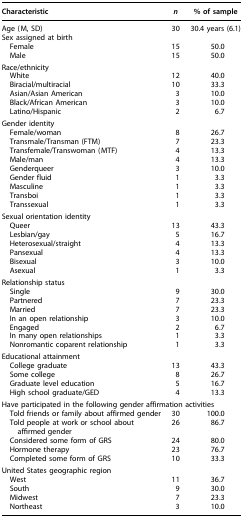
<table><thead><tr><td><b>Characteristic</b></td><td><b><i>n</i></b></td><td><b>% of sample</b></td></tr></thead><tbody><tr><td>Age (M, SD)</td><td>30</td><td>30.4 years (6.1)</td></tr><tr><td colspan="3">Sex assigned at birth</td></tr><tr><td> Female</td><td>15</td><td>50.0</td></tr><tr><td> Male</td><td>15</td><td>50.0</td></tr><tr><td colspan="3">Race/ethnicity</td></tr><tr><td> White</td><td>12</td><td>40.0</td></tr><tr><td> Biracial/multiracial</td><td>10</td><td>33.3</td></tr><tr><td> Asian/Asian American</td><td>3</td><td>10.0</td></tr><tr><td> Black/African American</td><td>3</td><td>10.0</td></tr><tr><td> Latino/Hispanic</td><td>2</td><td>6.7</td></tr><tr><td colspan="3">Gender identity</td></tr><tr><td> Female/woman</td><td>8</td><td>26.7</td></tr><tr><td> Transmale/Transman (FTM)</td><td>7</td><td>23.3</td></tr><tr><td> Transfemale/Transwoman (MTF)</td><td>4</td><td>13.3</td></tr><tr><td> Male/man</td><td>4</td><td>13.3</td></tr><tr><td> Genderqueer</td><td>3</td><td>10.0</td></tr><tr><td> Gender fluid</td><td>1</td><td>3.3</td></tr><tr><td> Masculine</td><td>1</td><td>3.3</td></tr><tr><td> Transboi</td><td>1</td><td>3.3</td></tr><tr><td> Transsexual</td><td>1</td><td>3.3</td></tr><tr><td colspan="3">Sexual orientation identity</td></tr><tr><td> Queer</td><td>13</td><td>43.3</td></tr><tr><td> Lesbian/gay</td><td>5</td><td>16.7</td></tr><tr><td> Heterosexual/straight</td><td>4</td><td>13.3</td></tr><tr><td> Pansexual</td><td>4</td><td>13.3</td></tr><tr><td> Bisexual</td><td>3</td><td>10.0</td></tr><tr><td> Asexual</td><td>1</td><td>3.3</td></tr><tr><td colspan="3">Relationship status</td></tr><tr><td> Single</td><td>9</td><td>30.0</td></tr><tr><td> Partnered</td><td>7</td><td>23.3</td></tr><tr><td> Married</td><td>7</td><td>23.3</td></tr><tr><td> In an open relationship</td><td>3</td><td>10.0</td></tr><tr><td> Engaged</td><td>2</td><td>6.7</td></tr><tr><td> In many open relationships</td><td>1</td><td>3.3</td></tr><tr><td> Nonromantic coparent relationship</td><td>1</td><td>3.3</td></tr><tr><td colspan="3">Educational attainment</td></tr><tr><td> College graduate</td><td>13</td><td>43.3</td></tr><tr><td> Some college</td><td>8</td><td>26.7</td></tr><tr><td> Graduate level education</td><td>5</td><td>16.7</td></tr><tr><td> High school graduate/GED</td><td>4</td><td>13.3</td></tr><tr><td colspan="3">Have participated in the following gender affirmation activities</td></tr><tr><td> Told friends or family about affirmed gender</td><td>30</td><td>100.0</td></tr><tr><td> Told people at work or school about affirmed gender</td><td>26</td><td>86.7</td></tr><tr><td> Considered some form of GRS</td><td>24</td><td>80.0</td></tr><tr><td> Hormone therapy</td><td>23</td><td>76.7</td></tr><tr><td> Completed some form of GRS</td><td>10</td><td>33.3</td></tr><tr><td colspan="3">United States geographic region</td></tr><tr><td> West</td><td>11</td><td>36.7</td></tr><tr><td> South</td><td>9</td><td>30.0</td></tr><tr><td> Midwest</td><td>7</td><td>23.3</td></tr><tr><td> Northeast</td><td>3</td><td>10.0</td></tr></tbody></table>